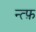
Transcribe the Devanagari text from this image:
न्त्फ़